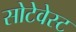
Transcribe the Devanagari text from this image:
सोटेवेस्ट